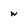
Character: w